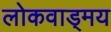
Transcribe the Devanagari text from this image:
लोकवाड्मय